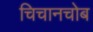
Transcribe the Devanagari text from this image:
चिचानचोब